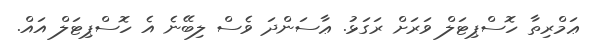
ޢަމްރިތާ ހޮސްޕިޓަލް ވަރަށް ރަގަޅު. ޢާސަންދަ ވެސް ލިބޭނެ އެ ހޮސްޕިޓަލް އައް.